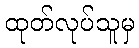
ထုတ်လုပ်သူမှ